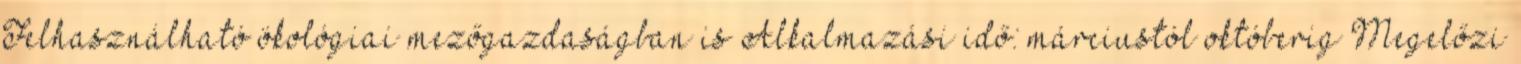
Felhasználható ökológiai mezőgazdaságban is Alkalmazási idő: márciustól októberig Megelőzi